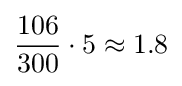
{\frac {106}{300}}\cdot 5\approx 1.8